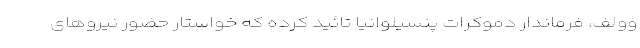
وولف، فرماندار دموکرات پنسیلوانیا تائید کرده که خواستار حضور نیروهای